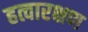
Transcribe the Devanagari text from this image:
हत्वारक्षण